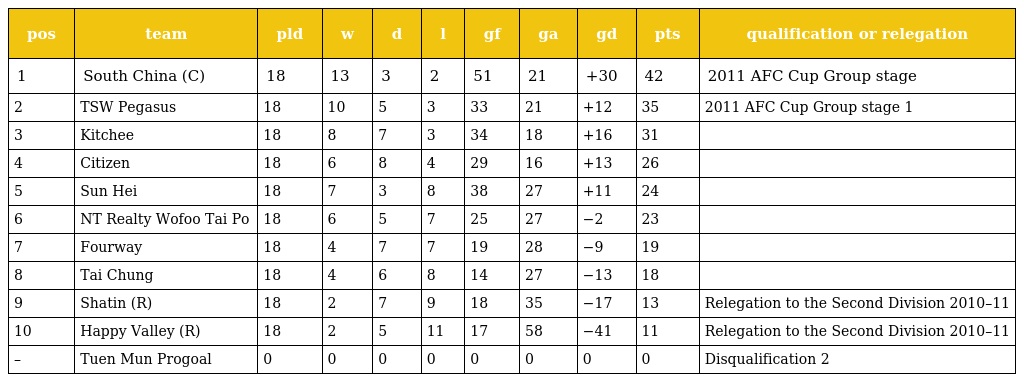
| pos | team | pld | w | d | l | gf | ga | gd | pts | qualification or relegation |
 | --- | --- | --- | --- | --- | --- | --- | --- | --- | --- | --- |
 | 1 | South China (C) | 18 | 13 | 3 | 2 | 51 | 21 | +30 | 42 | 2011 AFC Cup Group stage |
 | 2 | TSW Pegasus | 18 | 10 | 5 | 3 | 33 | 21 | +12 | 35 | 2011 AFC Cup Group stage 1 |
 | 3 | Kitchee | 18 | 8 | 7 | 3 | 34 | 18 | +16 | 31 |  |
 | 4 | Citizen | 18 | 6 | 8 | 4 | 29 | 16 | +13 | 26 |  |
 | 5 | Sun Hei | 18 | 7 | 3 | 8 | 38 | 27 | +11 | 24 |  |
 | 6 | NT Realty Wofoo Tai Po | 18 | 6 | 5 | 7 | 25 | 27 | −2 | 23 |  |
 | 7 | Fourway | 18 | 4 | 7 | 7 | 19 | 28 | −9 | 19 |  |
 | 8 | Tai Chung | 18 | 4 | 6 | 8 | 14 | 27 | −13 | 18 |  |
 | 9 | Shatin (R) | 18 | 2 | 7 | 9 | 18 | 35 | −17 | 13 | Relegation to the Second Division 2010–11 |
 | 10 | Happy Valley (R) | 18 | 2 | 5 | 11 | 17 | 58 | −41 | 11 | Relegation to the Second Division 2010–11 |
 | – | Tuen Mun Progoal | 0 | 0 | 0 | 0 | 0 | 0 | 0 | 0 | Disqualification 2 |